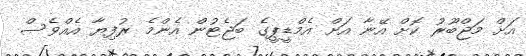
އަށް މަޖްބޫރު ކޮށް އޭނާ އަށް އެމްޑީޕީގެ ބަޖެޓުން އެންމެ ރުފިޔާ އެއްވެސް